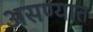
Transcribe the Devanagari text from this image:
असण्यात